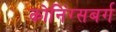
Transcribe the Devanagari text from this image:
कोनिंग्सबर्ग